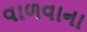
વાળવાના